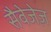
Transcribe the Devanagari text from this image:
सैवेजेज़